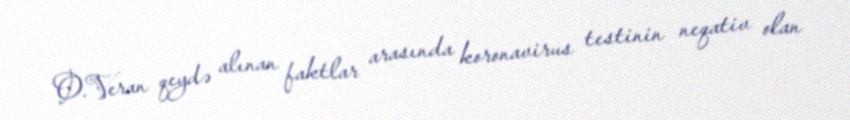
O.Veran qeydə alınan faktlar arasında koronavirus testinin neqativ olan